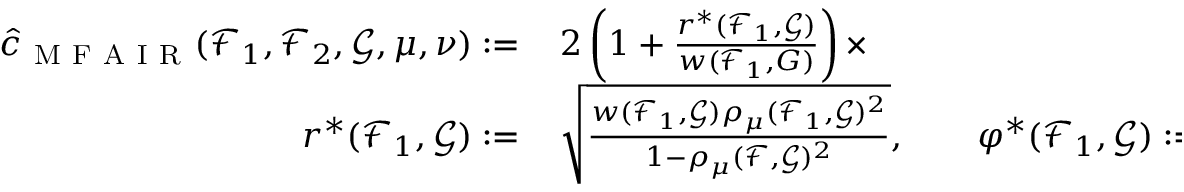
\begin{array} { r l } { \hat { c } _ { \mathrm { ~ M ~ F ~ A ~ I ~ R ~ } } ( \mathcal { F } _ { 1 } , \mathcal { F } _ { 2 } , \mathcal { G } , \mu , \nu ) : = } & { { } \, 2 \left( 1 + \frac { r ^ { \ast } ( \mathcal { F } _ { 1 } , \mathcal { G } ) } { w ( \mathcal { F } _ { 1 } , G ) } \right) \times } \\ { r ^ { \ast } ( \mathcal { F } _ { 1 } , \mathcal { G } ) : = } & { { } \, \sqrt { \frac { w ( \mathcal { F } _ { 1 } , \mathcal { G } ) \rho _ { \mu } ( \mathcal { F } _ { 1 } , \mathcal { G } ) ^ { 2 } } { 1 - \rho _ { \mu } ( \mathcal { F } , \mathcal { G } ) ^ { 2 } } } , \qquad \varphi ^ { \ast } ( \mathcal { F } _ { 1 } , \mathcal { G } ) : = 1 - \frac { 1 } { r ^ { \ast } ( \mathcal { F } _ { 1 } , \mathcal { G } ) } . } \end{array}